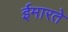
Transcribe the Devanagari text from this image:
ईमारते